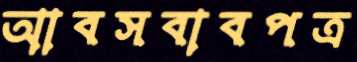
আবসবাবপত্র